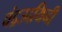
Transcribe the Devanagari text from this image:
चंद्रउदयिनी